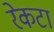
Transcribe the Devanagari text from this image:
रेकटा